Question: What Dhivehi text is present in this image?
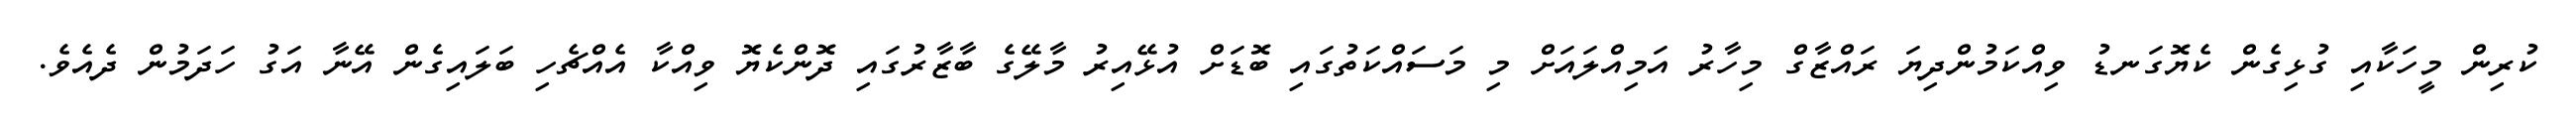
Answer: ކުރިން މީހަކާއި ގުޅިގެން ކެޔޮގަނޑު ވިއްކަމުންދިޔަ ރައްޒާގް މިހާރު އަމިއްލައަށް މި މަސައްކަތުގައި ބޮޑަށް އުޅޭއިރު މާލޭގެ ބާޒާރުގައި ދޮންކެޔޮ ވިއްކާ އެއްޗެހި ބަލައިގެން އޭނާ އަގު ހަދަމުން ދެއެވެ.